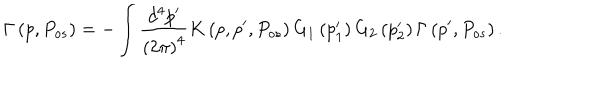
\Gamma \left( p , P _ { o s } \right) = - \int \frac { d ^ { 4 } p ^ { \prime } } { \left( 2 \pi \right) ^ { 4 } } K \left( p , p ^ { \prime } , P _ { o s } \right) G _ { 1 } \left( p _ { 1 } ^ { \prime } \right) G _ { 2 } \left( p _ { 2 } ^ { \prime } \right) \Gamma \left( p ^ { \prime } , P _ { o s } \right) .